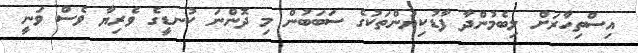
އިސްތިހާރަށް ލިބެމުންދާ ފާޑުކިޔުންތަކުގެ ސަބަބުން މި ދޮންނަ ކުނޑީގެ ވެރިޔާ ވެސް ވަނީ